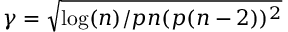
\gamma = \sqrt { \log ( n ) / p n ( p ( n - 2 ) ) ^ { 2 } }